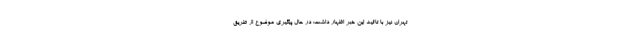
تهران نیز با تائید این خبر اظهار داشت: در حال پیگیری موضوع از طریق